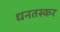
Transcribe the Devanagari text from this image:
धनतस्कर